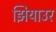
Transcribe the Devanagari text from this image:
झियाउर